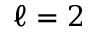
\ell = 2